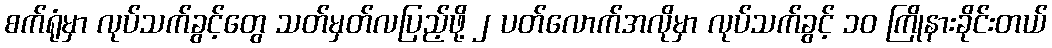
စက်ရုံမှာ လုပ်သက်ခွင့်တွေ သတ်မှတ်လပြည့်ဖို့ ၂ ပတ်လောက်အလိုမှာ လုပ်သက်ခွင့် ၁၀ ကြိုနားခိုင်းတယ်